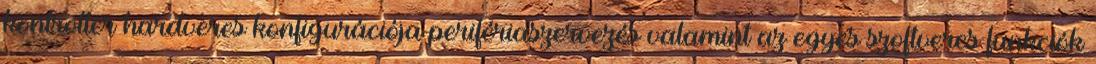
kontroller hardveres konfigurációja perifériaszervezés valamint az egyes szoftveres funkciók